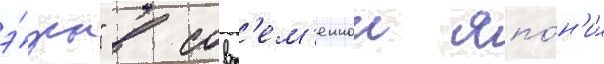
э́ры" в совр'ем'еннои япо́н'ии